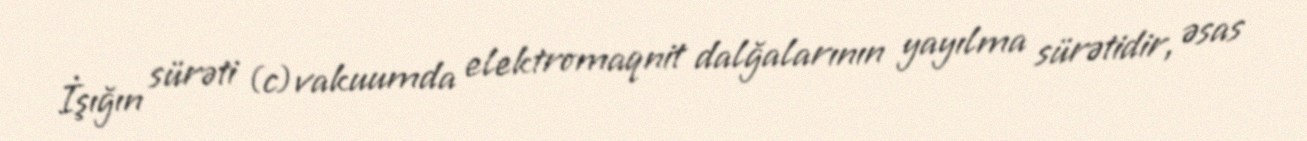
İşığın sürəti (c) vakuumda elektromaqnit dalğalarının yayılma sürətidir, əsas